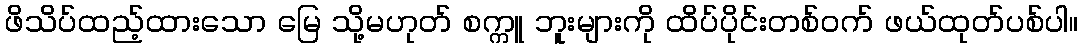
ဖိသိပ်ထည့်ထားသော မြေ သို့မဟုတ် စက္ကူ ဘူးများကို ထိပ်ပိုင်းတစ်ဝက် ဖယ်ထုတ်ပစ်ပါ။